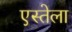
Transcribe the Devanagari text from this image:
एस्तेला